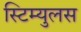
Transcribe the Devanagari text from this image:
स्टिम्युलस